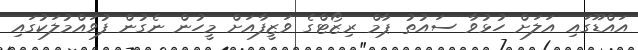
އައްޑޫގައި އަލަށް ހުޅުވާ ސައުތު ޕާމް ރިޒޯޓްގެ ވަޒީފާއަށް މީހުން ނެގުން ފުވައްމުލަކުގައި